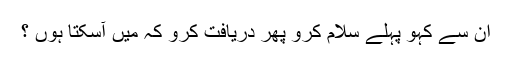
ان سے کہو پہلے سلام کرو پھر دریافت کرو کہ میں آسکتا ہوں ؟